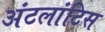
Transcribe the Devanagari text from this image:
अंटलांटिस